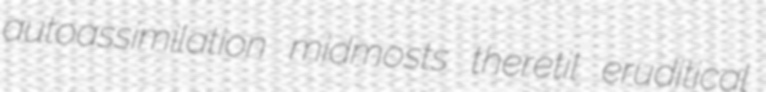
autoassimilation midmosts theretil eruditical